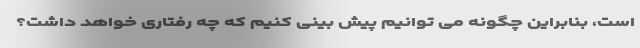
است، بنابراین چگونه می توانیم پیش بینی کنیم که چه رفتاری خواهد داشت؟